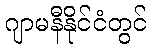
ဂျာမနီနိုင်ငံတွင်